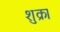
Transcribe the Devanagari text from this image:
शुक्र।